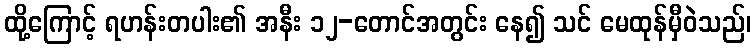
ထို့ကြောင့် ရဟန်းတပါး၏ အနီး ၁၂-တောင်အတွင်း နေ၍ သင် မေထုန်မှီဝဲသည်၊